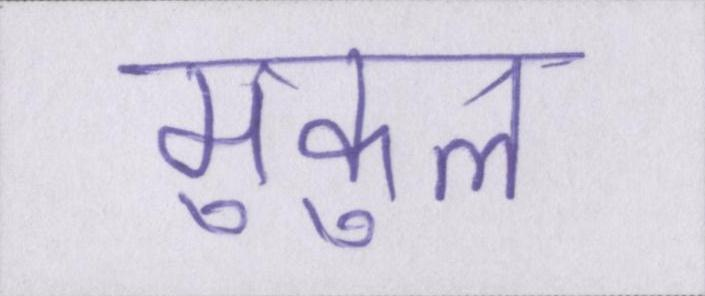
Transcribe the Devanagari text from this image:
मुकुल